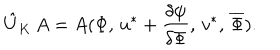
\hat { U } _ { K } \, A = A ( \Phi , \, u ^ { * } + \frac { \delta \psi } { \delta \Phi } , \, v ^ { * } , \, \overline { { { \Phi } } } ) .